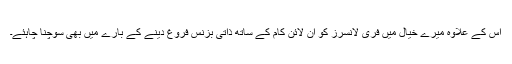
اس کے علاوہ میرے خیال میں فری لانسرز کو آن لائن کام کے ساتھ ذاتی بزنس فروغ دینے کے بارے میں بھی سوچنا چاہئے۔